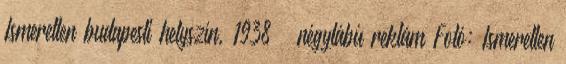
Ismeretlen budapesti helyszín, 1938 – négylábú reklám Fotó: Ismeretlen